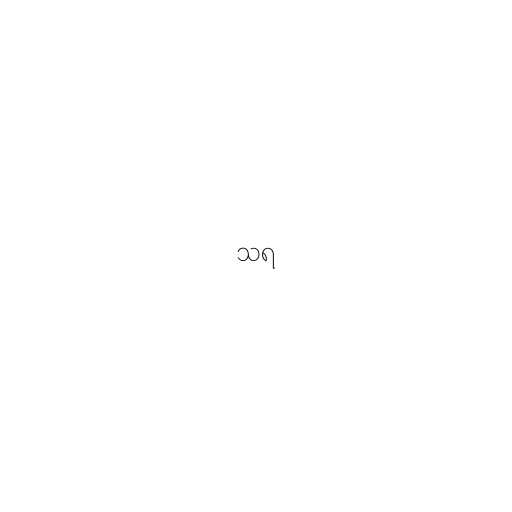
သရ